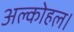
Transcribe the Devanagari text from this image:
अल्कोहल।